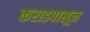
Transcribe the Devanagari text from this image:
कराडपासून